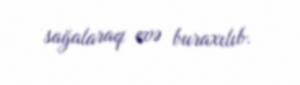
sağalaraq evə buraxılıb.